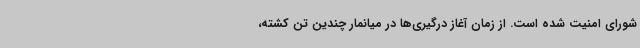
شورای امنیت شده است. از زمان آغاز درگیری‌ها در میانمار چندین تن کشته،